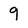
Character: 9